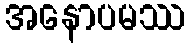
အနောပမဿ